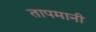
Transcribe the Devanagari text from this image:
तापमानी